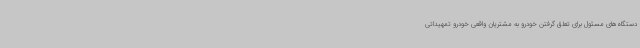
دستگاه‌های مسئول برای تعلق گرفتن خودرو به مشتریان واقعی خودرو تمهیداتی